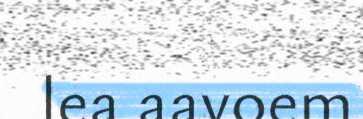
lea aavoem